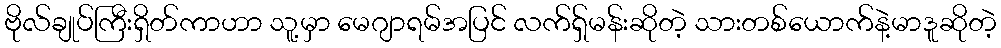
ဗိုလ်ချုပ်ကြီးရှိတ်ကာဟာ သူ့မှာ မေဂျာရမ်အပြင် လက်ရှ်မန်းဆိုတဲ့ သားတစ်ယောက်နဲ့မာဒူဆိုတဲ့